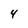
Character: 4